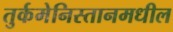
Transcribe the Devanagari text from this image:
तुर्कमेनिस्तानमधील